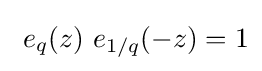
~e_{q}(z)~e_{1/q}(-z)=1